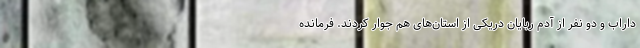
داراب و دو نفر از آدم ربایان دریکی از استان‌های هم جوار کردند. فرمانده